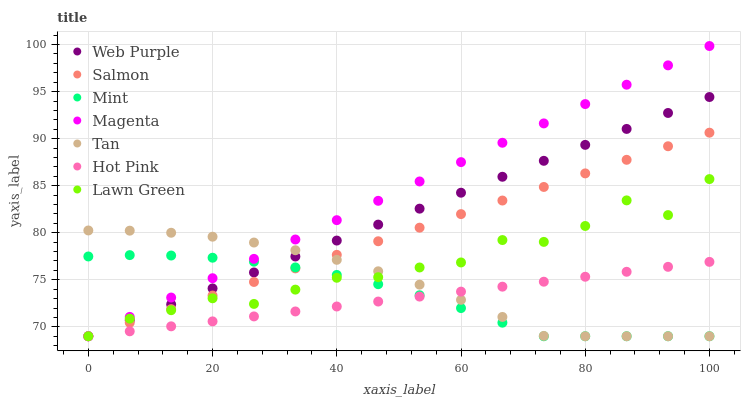
| xaxis_label | Web Purple | Salmon | Mint | Magenta | Tan | Hot Pink | Lawn Green |
 | --- | --- | --- | --- | --- | --- | --- | --- |
 | 0 | 69 | 69 | 77.5 | 69 | 80.2 | 69 | 69 |
 | 6.67 | 70.7 | 70.4 | 77.6 | 71.1 | 80.2 | 69.5 | 70.9 |
 | 13.3 | 72.4 | 71.9 | 77.6 | 73.1 | 80 | 70.1 | 71.8 |
 | 20 | 74.1 | 73.3 | 77.3 | 75.2 | 79.6 | 70.6 | 73 |
 | 26.7 | 75.8 | 74.8 | 76.9 | 77.2 | 79 | 71.1 | 72.4 |
 | 33.3 | 77.5 | 76.2 | 76.3 | 79.3 | 78.1 | 71.6 | 74 |
 | 40 | 79.2 | 77.7 | 75.5 | 81.3 | 77.1 | 72.2 | 75.2 |
 | 46.7 | 80.9 | 79.1 | 74.5 | 83.4 | 75.9 | 72.7 | 75.3 |
 | 53.3 | 82.6 | 80.5 | 73.4 | 85.5 | 74.5 | 73.2 | 76.3 |
 | 60 | 84.3 | 82 | 72 | 87.5 | 72.9 | 73.7 | 76.8 |
 | 66.7 | 85.9 | 83.4 | 70.4 | 89.6 | 71.1 | 74.3 | 79.2 |
 | 73.3 | 87.6 | 84.9 | 69 | 91.6 | 69 | 74.8 | 79 |
 | 80 | 89.3 | 86.3 | 69 | 93.7 | 69 | 75.3 | 80.7 |
 | 86.7 | 91 | 87.8 | 69 | 95.7 | 69 | 75.9 | 83.4 |
 | 93.3 | 92.7 | 89.2 | 69 | 97.8 | 69 | 76.4 | 81.9 |
 | 100 | 94.4 | 90.6 | 69 | 99.8 | 69 | 76.9 | 85.7 |